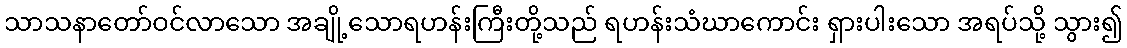
သာသနာတော်ဝင်လာသော အချို့သောရဟန်းကြီးတို့သည် ရဟန်းသံဃာကောင်း ရှားပါးသော အရပ်သို့ သွား၍